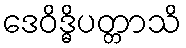
ဒေဝိဒ္ဓိပတ္တာသိ